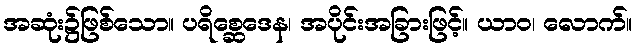
အဆုံး၌ဖြစ်သော။ ပရိစ္ဆေဒေန၊ အပိုင်းအခြားဖြင့်။ ယာဝ၊ လောက်။